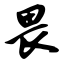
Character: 畏